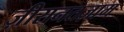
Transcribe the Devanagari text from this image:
ज़ीरानतज़ाम